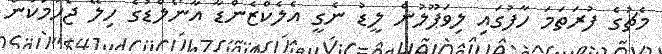
މެޗުގެ ފުރަތަމަ ހާފުގައި ލިވަޕޫލުން ލީޑު ނެގީ އެލެކްޒެންޑާ އާނޯލްޑުގެ ހިލޭ ޖެހުމަކުން